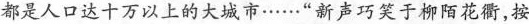
都是人口达十万以上的大城市……”新声巧笑于柳陌花衢，按